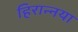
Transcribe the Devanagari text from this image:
हिरान्नया